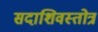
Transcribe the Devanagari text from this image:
सदाशिवस्तोत्र